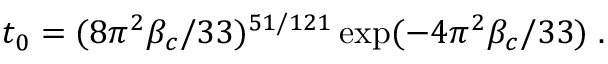
t _ { 0 } = ( 8 \pi ^ { 2 } \beta _ { c } / 3 3 ) ^ { 5 1 / 1 2 1 } \exp ( - 4 \pi ^ { 2 } \beta _ { c } / 3 3 ) \; .